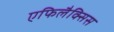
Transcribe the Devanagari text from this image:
एफिलैक्सिस